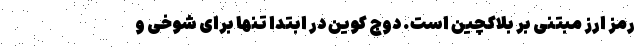
رمز ارز مبتنی بر بلاکچین است. دوج کوین در ابتدا تنها برای شوخی و